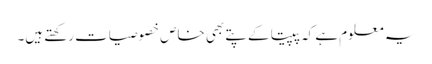
یہ معلوم ہے کہ پپیتا کے پتے بھی خاص خصوصیات رکھتے ہیں۔